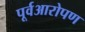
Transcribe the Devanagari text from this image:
पूर्वआरोपण